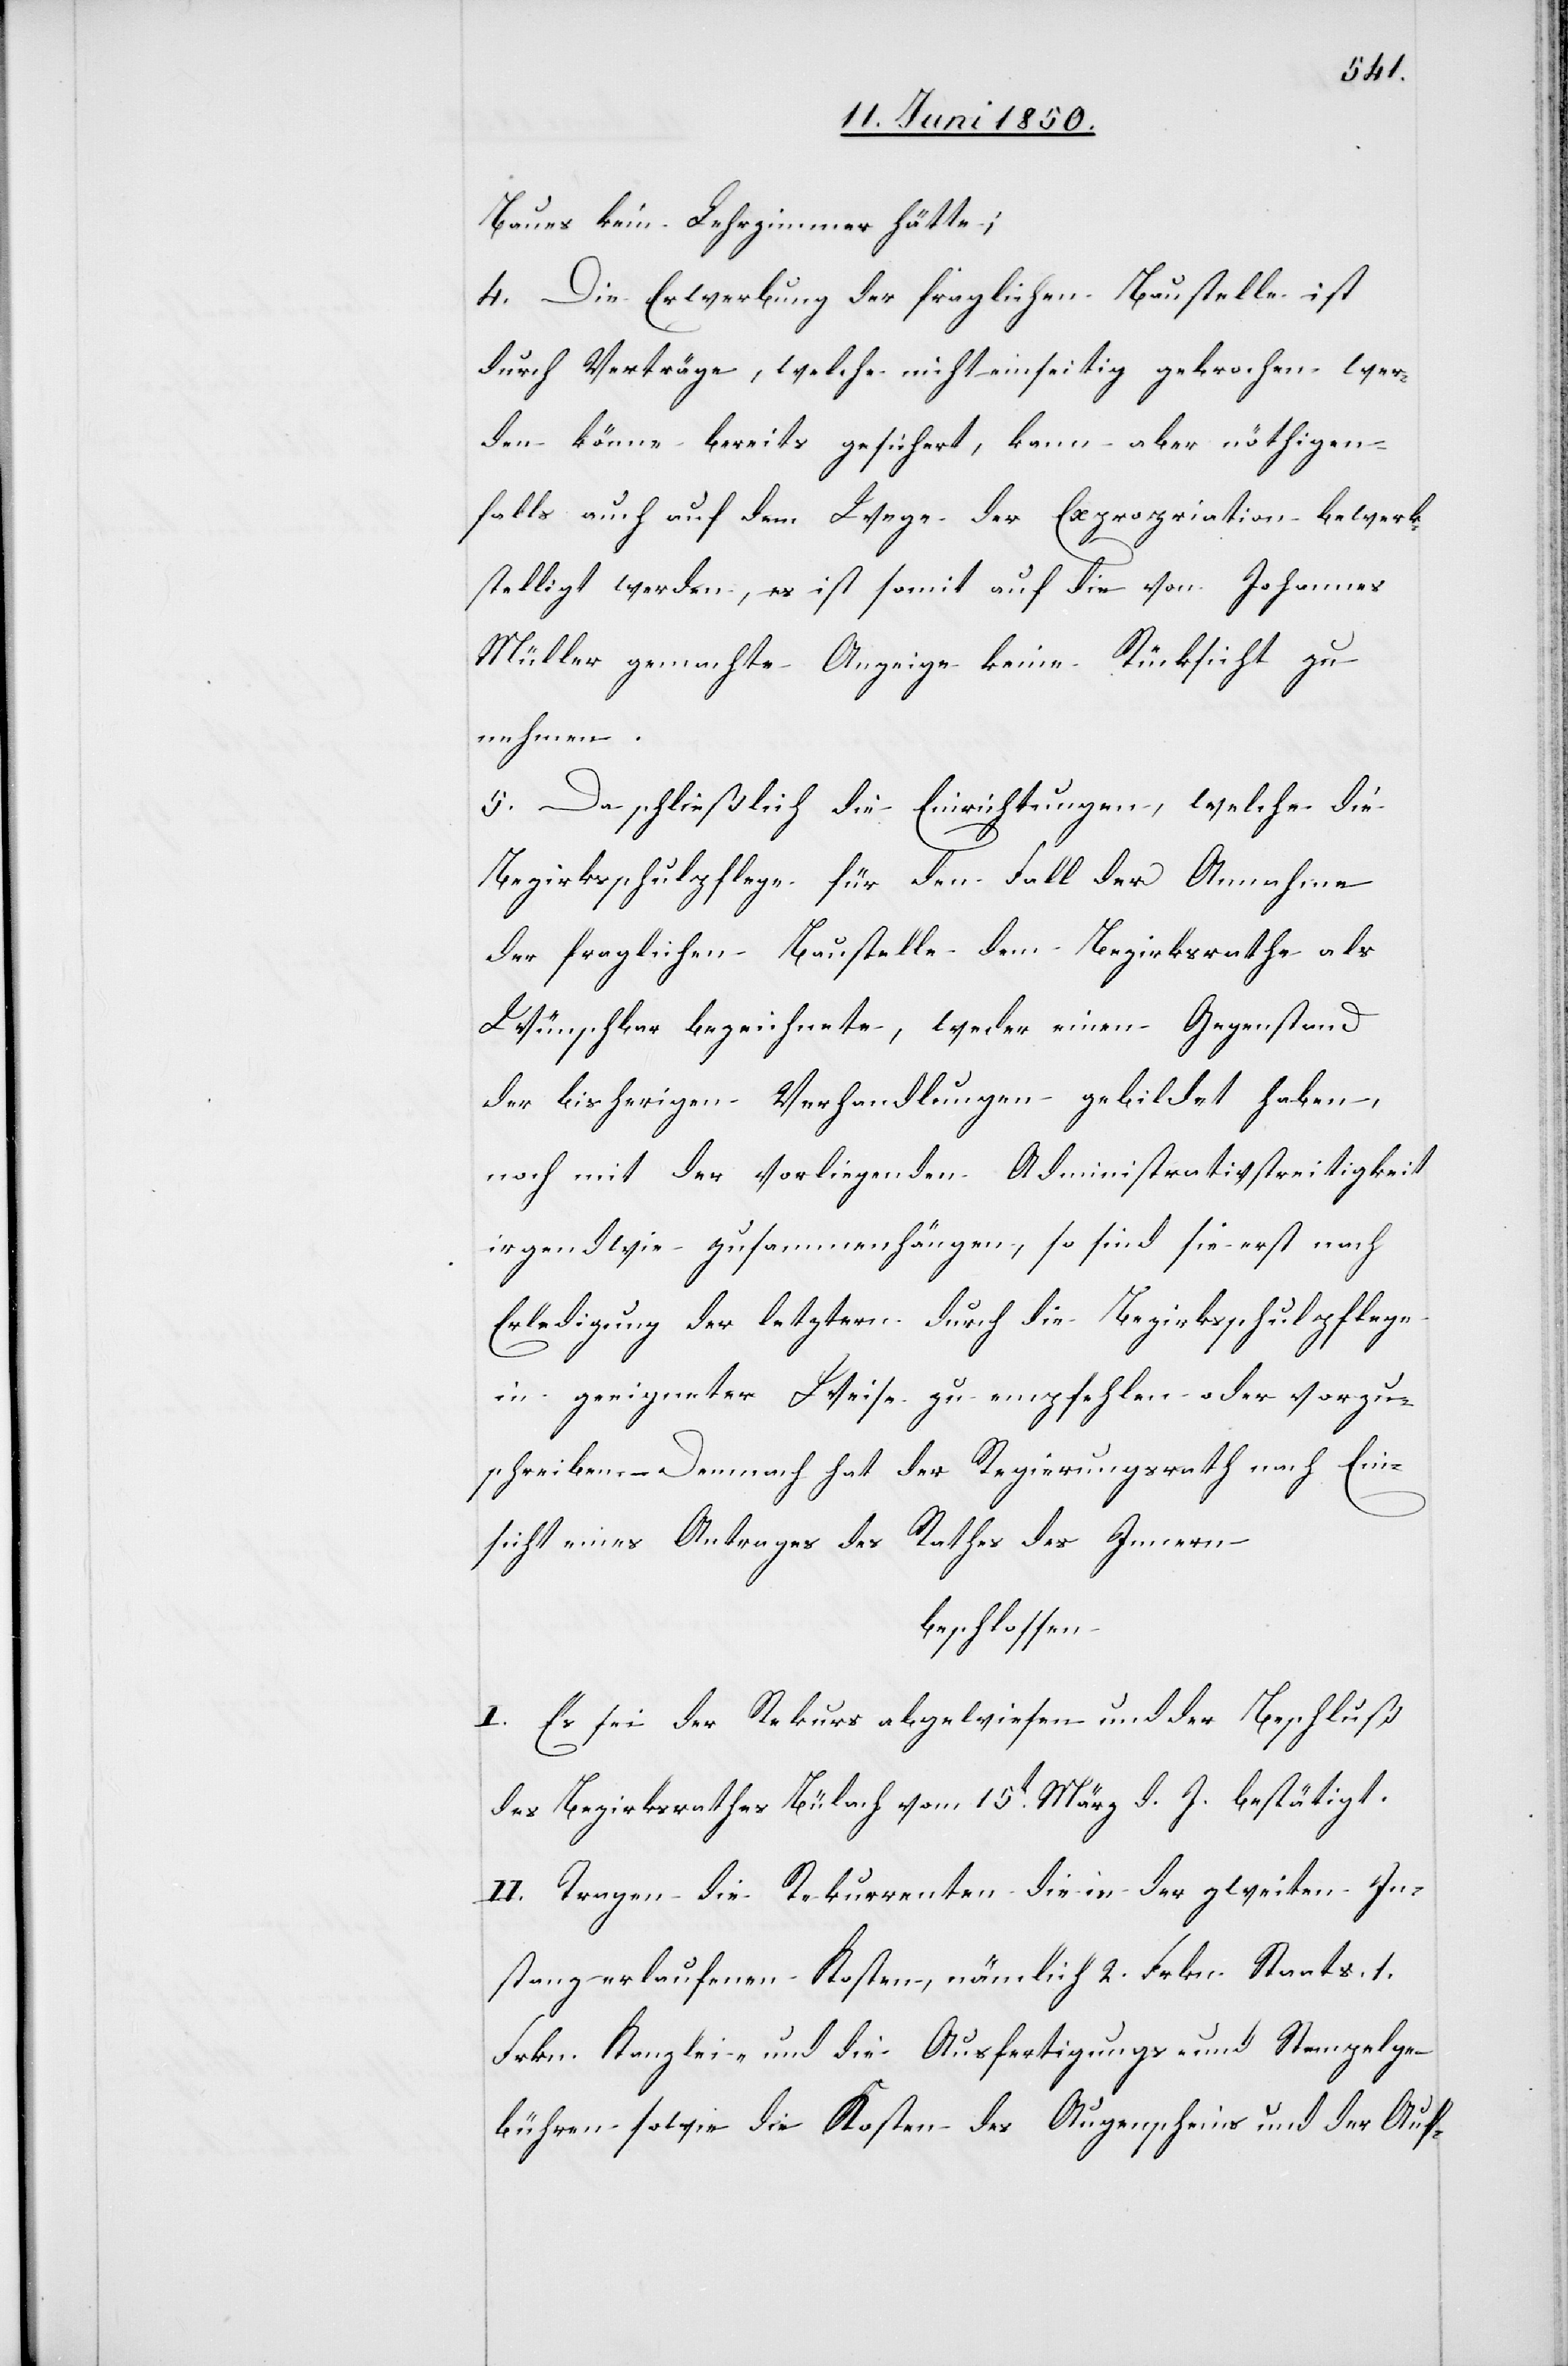
Baues kein Lehrzimmer hätte;
4. Die Erwerbung der fraglichen Baustelle ist
durch Verträge, welche nicht einseitig gebrochen wer¬
den könne bereits gesichert, kann aber nöthigen¬
falls auch auf dem Wege der Expropriation bewerk¬
stelligt werden, es ist somit auf die von Johannes
Müller gemachte Anzeige keine Rücksicht zu
nehmen.
5. Da schließlich die Einrichtungen, welche die
Bezirksschulpflege für den Fall der Annahme
der fraglichen Baustelle dem Bezirksrathe als
Wünschbar bezeichnete, weder einen Gegenstand
der bisherigen Verhandlungen gebildet haben,
noch mit der vorliegenden Administrativstreitigkeit
irgendwie zusammenhängen, so sind sie erst nach
Erledigung der letztern durch die Bezirksschulpflege
in geeigneter Weise zu empfehlen oder vorzu¬
schreiben. Demnach hat der Regierungsrath nach Ein¬
sicht eines Antrages des Rathes des Innern
beschlossen
I. Es sei der Rekurs abgewiesen und der Beschluß
des Bezirksrathes Bülach vom 15t März d. J. bestätigt.
II. Tragen die Rekurrenten die in der zweiten In¬
stanz erlaufenen Kosten, nämlich 2. Frkn. Staats- 1.
Frkn. Kanzlei- und die Ausfertigungs- und Stempelge¬
bühren sowie die Kosten des Augenscheins und der Auf-